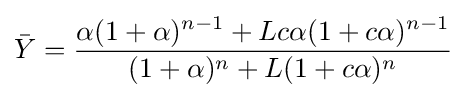
{\bar {Y}}={\frac {\alpha (1+\alpha )^{n-1}+Lc\alpha (1+c\alpha )^{n-1}}{(1+\alpha )^{n}+L(1+c\alpha )^{n}}}